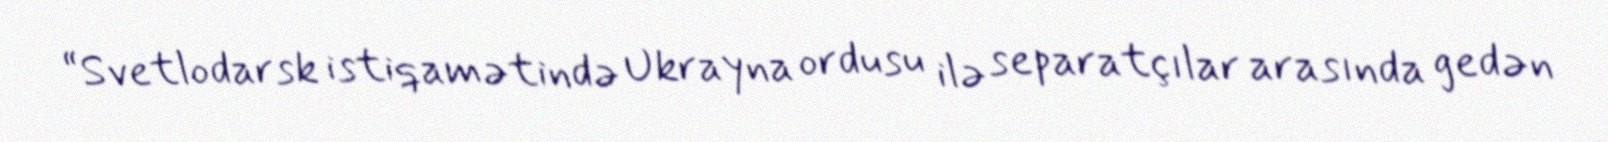
“Svetlodarsk istiqamətində Ukrayna ordusu ilə separatçılar arasında gedən